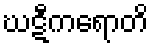
ဃဋီကရောတိ